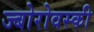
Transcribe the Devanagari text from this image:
ज्बोरोवस्की